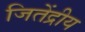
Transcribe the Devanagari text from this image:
जितेंद्रीय